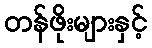
တန်ဖိုးများနှင့်